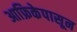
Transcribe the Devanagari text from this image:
आफ्रिकेपासून